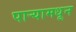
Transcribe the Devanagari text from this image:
पाऱ्यामधून